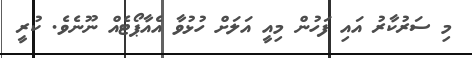
މި ސަރުކާރު އައި ފަހުން މިއީ އަލަށް ހުޅުވާ އެއާޕޯޓެއް ނޫނެވެ. ކުރީ